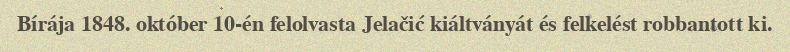
Bírája 1848. október 10-én felolvasta Jelačić kiáltványát és felkelést robbantott ki.